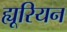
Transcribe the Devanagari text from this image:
ह्यूरियन